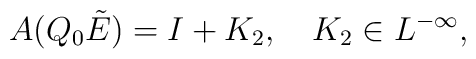
A(Q_0\tilde{E})=I+K_2,\quad K_2\in L^{-\infty},